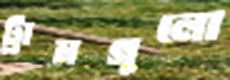
ট্রামগুলো